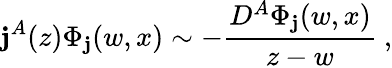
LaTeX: \mathbf{j}^{A}(z)\Phi_{\mathbf{j}}(w,x)\sim-\frac{{D^{A}\Phi_{\mathbf{j}}(w,x)}}{{z-w}}~,